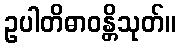
ဥပါတိဓာဝန္တိသုတ်။